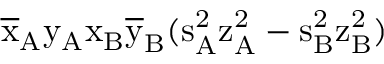
\mathrm { \overline { { x } } _ { A } \mathrm { y _ { A } \mathrm { x _ { B } \mathrm { \overline { { y } } _ { B } ( \mathrm { s _ { A } ^ { 2 } \mathrm { z _ { A } ^ { 2 } - \mathrm { s _ { B } ^ { 2 } \mathrm { z _ { B } ^ { 2 } ) } } } } } } } }